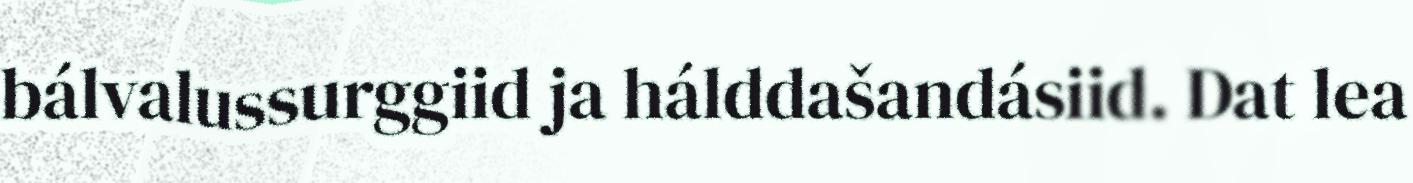
bálvalussurggiid ja hálddašandásiid. Dat lea